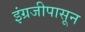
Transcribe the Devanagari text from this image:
इंग्रजीपासून